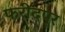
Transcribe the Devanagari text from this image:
फरीदपूर